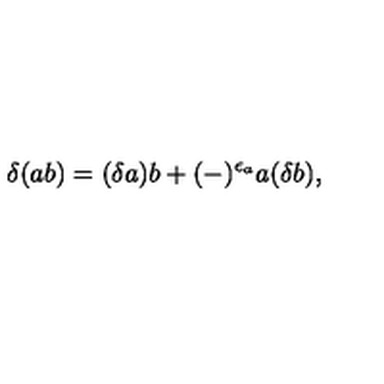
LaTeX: \delta ( a b ) = ( \delta a ) b + ( - ) ^ { \epsilon _ { a } } a ( \delta b ) ,